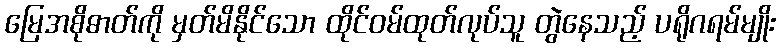
မြေအစိုဓာတ်ကို မှတ်မိနိုင်သော ထိုင်ဝမ်ထုတ်လုပ်သူ တွဲနေသည့် ပရိုဂရမ်မျိုး